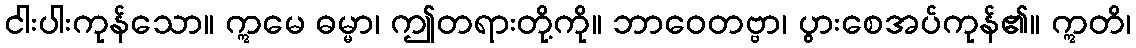
ငါးပါးကုန်သော။ ဣမေ ဓမ္မာ၊ ဤတရားတို့ကို။ ဘာဝေတဗ္ဗာ၊ ပွားစေအပ်ကုန်၏။ ဣတိ၊